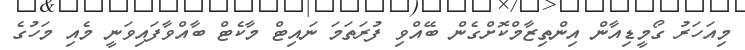
މިއަހަރު ގޯމީޑިއާން އިންތިޒާމްކޮށްގެން ބޭއްވި ފުރަތަމަ ނައިޓް މާކެޓް ބާއްވާފައިވަނީ މެއި މަހުގެ